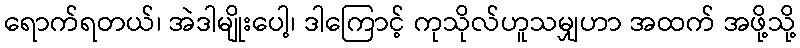
ရောက်ရတယ်၊ အဲဒါမျိုးပေါ့၊ ဒါကြောင့် ကုသိုလ်ဟူသမျှဟာ အထက် အဖို့သို့